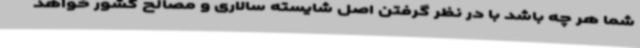
شما هر چه باشد با در نظر گرفتن اصل شایسته سالاری و مصالح کشور خواهد